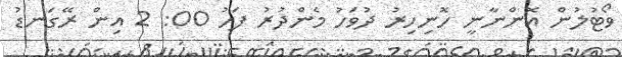
ވޯޓުލުން އޮންނާނީ ހޮނިހިރު ދުވަހު މެންދުރު ފަހު 00: 2 އިން ރޭގަނޑު